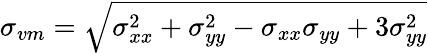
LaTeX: \sigma_{vm}=\sqrt{\sigma_{xx}^{2}+\sigma_{yy}^{2}-\sigma_{xx}\sigma_{yy}+3\sigma_{yy}^{2}}